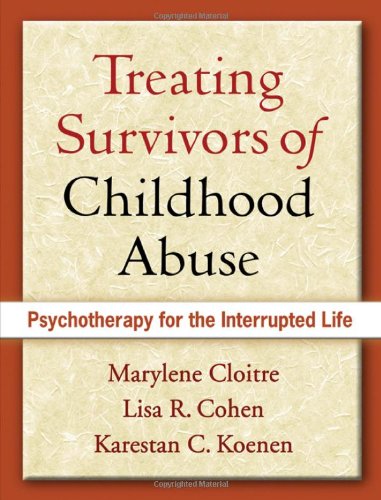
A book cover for Treating Survivors of Childhood Abuse: Psychotherapy for the Interrupted Life; Marylene Cloitre Phd; Self-Help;